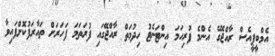
އެމްބީޕީއެސް ރާއްޖޭގެ އެންމެ ފުރިހަމަ އިންޓަނެޓު ހިދުމަތް ރާއްޖޭގައި ފުރަތަމަ ފަހަރަށް ތައާރަފުކޮށްފައިވާ